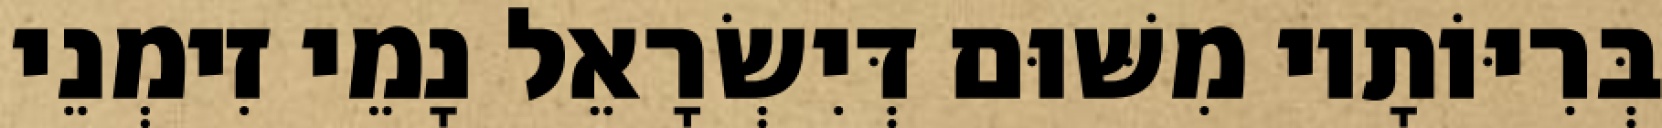
בְּרִיּוֹתָיו מִשּׁוּם דְּיִשְׂרָאֵל נָמֵי זִימְנֵי